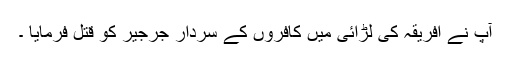
آپ نے افریقہ کی لڑائی میں کافروں کے سردار جرجیر کو قتل فرمایا ۔